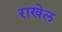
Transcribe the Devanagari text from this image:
राखेल